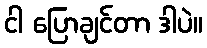
ငါ ပြောချင်တာ ဒါပဲ။